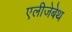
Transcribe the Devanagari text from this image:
एलीजेबेथ